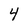
Character: 4